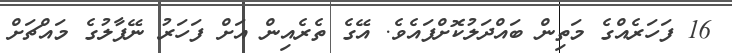
16 ފަހަރެއްގެ މަތިން ބައްދަލުކޮށްފައެވެ. އޭގެ ތެރެއިން އަށް ފަހަރު ނޭޕާލުގެ މައްޗަށް